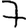
Digit: 7